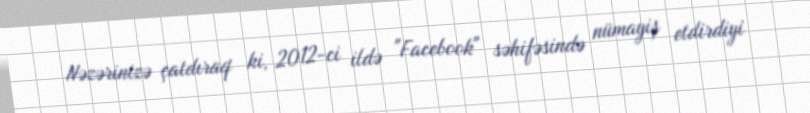
Nəzərinizə çatdıraq ki, 2012-ci ildə "Facebook" səhifəsində nümayiş etdirdiyi